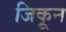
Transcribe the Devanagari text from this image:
जिकून